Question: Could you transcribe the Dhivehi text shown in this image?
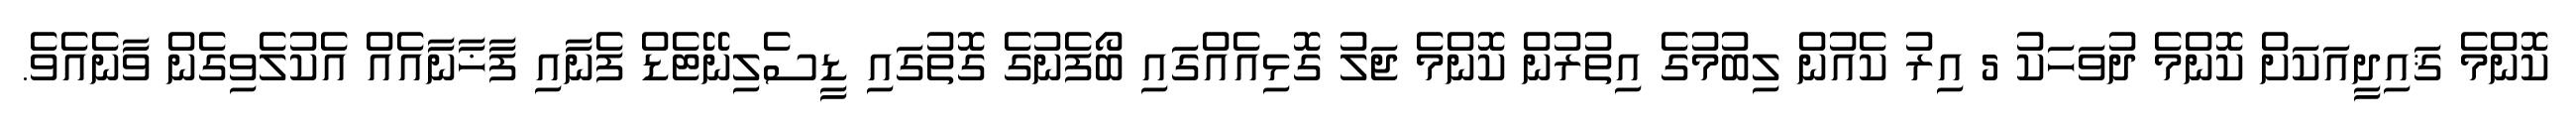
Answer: ކޮންމެ ޤައިދީއަކަށް ކޮންމެ ދުވަހަކު 5 އިރު ކެއުން ލިބުމުގެ އިތުރުން ކޮންމެ ޖަލު ގޮޅިއެއްގައި ބޯފެނުގެ ގޮތުގައި ޑީސެލިނޭޓެޑް ފެނާއި ފާޚާނާއެއް އެކުލެވިގެން ވާނެއެވެ.